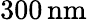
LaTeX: {300}\, \mathrm{nm}